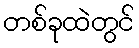
တစ်ခုထဲတွင်